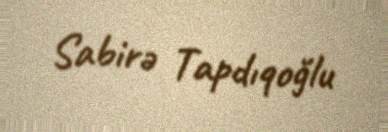
Sabirə Tapdıqoğlu